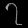
Digit: ၇